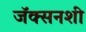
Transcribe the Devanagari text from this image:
जॅक्सनशी